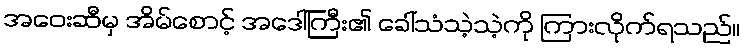
အဝေးဆီမှ အိမ်စောင့် အဒေါ်ကြီး၏ ခေါ်သံသဲ့သဲ့ကို ကြားလိုက်ရသည်။